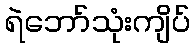
ရဲဘော်သုံးကျိပ်